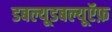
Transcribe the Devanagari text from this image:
डबल्यूडबल्यूऍफ़